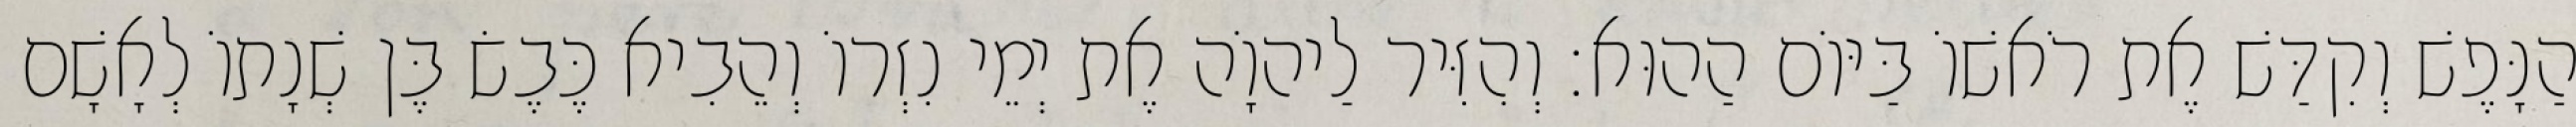
הַנָּפֶשׁ וְקִדַּשׁ אֶת רֹאשׁוֹ בַּיּוֹם הַהוּא׃ וְהִזִּיר לַיהוָֹה אֶת יְמֵי נִזְרוֹ וְהֵבִיא כֶּבֶשׂ בֶּן שְׁנָתוֹ לְאָשָׁם